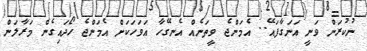
ނުކުރަން ވަނީ އަނަގާފައޭ.. އެމަންޖެ ވީތަނެއް އެނގޭހާ އަވަހަކަށް އެމަންޖެ ހޯދައިގެން މަރާލަން